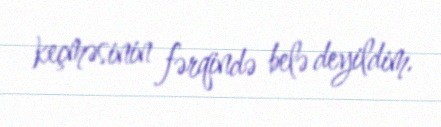
keçməsinin fərqində belə deyildim.